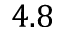
4 . 8